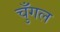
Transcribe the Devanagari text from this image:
चुँगल